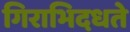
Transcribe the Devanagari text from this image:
गिराभिदधते